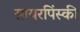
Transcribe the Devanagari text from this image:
सायरपिंस्की